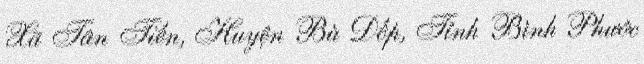
Xã Tân Tiến, Huyện Bù Đốp, Tỉnh Bình Phước